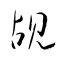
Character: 覘